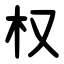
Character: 权